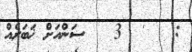
:   '  3   ސަންއަށް ޚަބަރެއް